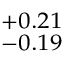
^ { + 0 . 2 1 } _ { - 0 . 1 9 }